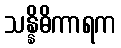
သန္နိဓိကာရက